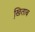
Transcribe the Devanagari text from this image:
खि़ताब